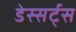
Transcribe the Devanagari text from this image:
डेस्सर्ट्स